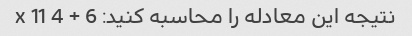
نتیجه این معادله را محاسبه کنید: 6 + 4 x 11